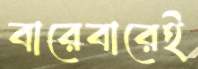
বারেবারেই